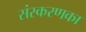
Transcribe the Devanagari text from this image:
संस्‍करणका